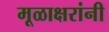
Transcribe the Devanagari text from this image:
मूळाक्षरांनी